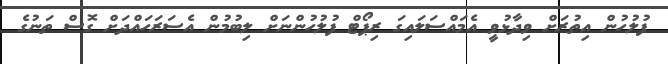
ފުލުހުން އިތުރަށް ވިދާޅުވީ އެމައްސަލައިގަ ރިޕޯޓް ފުލުހުންނަށް ލިބުމުން އެސަރަހައްދަށް ގޮސް ތަނުގެ